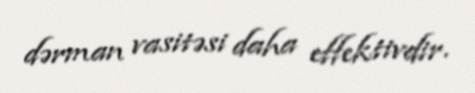
dərman vasitəsi daha effektivdir.